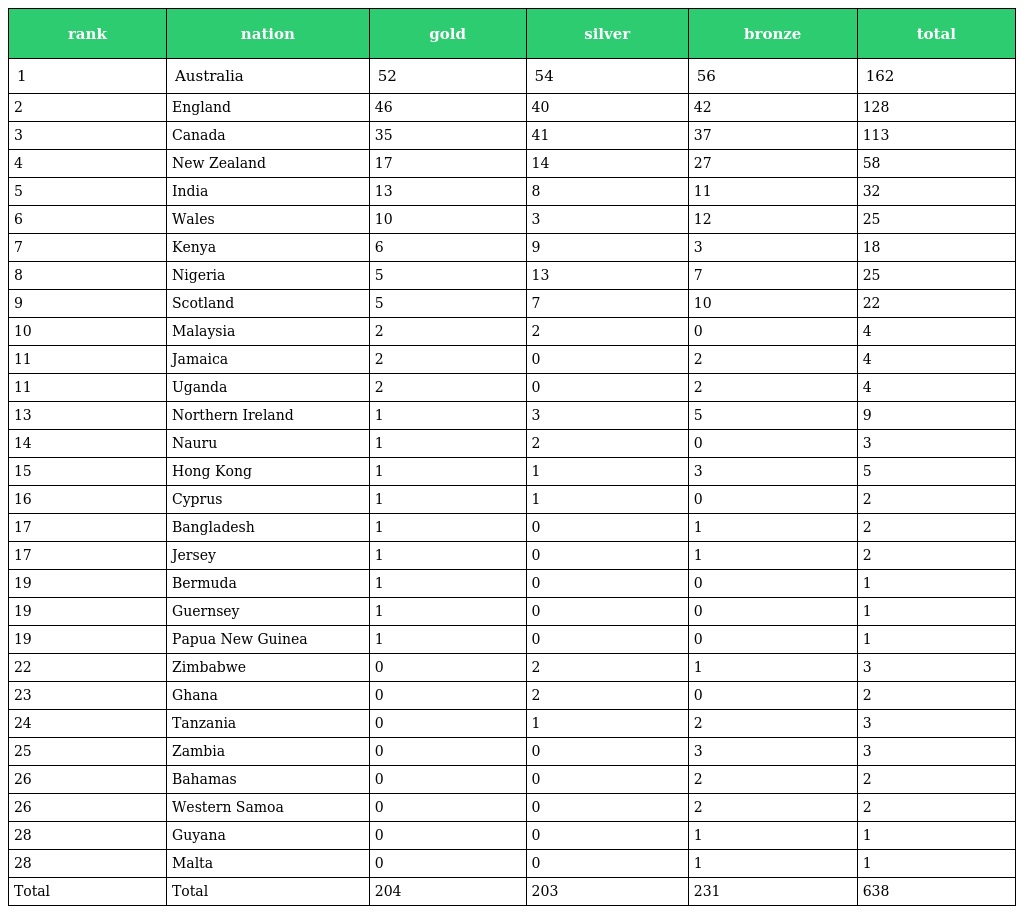
| rank | nation | gold | silver | bronze | total |
 | --- | --- | --- | --- | --- | --- |
 | 1 | Australia | 52 | 54 | 56 | 162 |
 | 2 | England | 46 | 40 | 42 | 128 |
 | 3 | Canada | 35 | 41 | 37 | 113 |
 | 4 | New Zealand | 17 | 14 | 27 | 58 |
 | 5 | India | 13 | 8 | 11 | 32 |
 | 6 | Wales | 10 | 3 | 12 | 25 |
 | 7 | Kenya | 6 | 9 | 3 | 18 |
 | 8 | Nigeria | 5 | 13 | 7 | 25 |
 | 9 | Scotland | 5 | 7 | 10 | 22 |
 | 10 | Malaysia | 2 | 2 | 0 | 4 |
 | 11 | Jamaica | 2 | 0 | 2 | 4 |
 | 11 | Uganda | 2 | 0 | 2 | 4 |
 | 13 | Northern Ireland | 1 | 3 | 5 | 9 |
 | 14 | Nauru | 1 | 2 | 0 | 3 |
 | 15 | Hong Kong | 1 | 1 | 3 | 5 |
 | 16 | Cyprus | 1 | 1 | 0 | 2 |
 | 17 | Bangladesh | 1 | 0 | 1 | 2 |
 | 17 | Jersey | 1 | 0 | 1 | 2 |
 | 19 | Bermuda | 1 | 0 | 0 | 1 |
 | 19 | Guernsey | 1 | 0 | 0 | 1 |
 | 19 | Papua New Guinea | 1 | 0 | 0 | 1 |
 | 22 | Zimbabwe | 0 | 2 | 1 | 3 |
 | 23 | Ghana | 0 | 2 | 0 | 2 |
 | 24 | Tanzania | 0 | 1 | 2 | 3 |
 | 25 | Zambia | 0 | 0 | 3 | 3 |
 | 26 | Bahamas | 0 | 0 | 2 | 2 |
 | 26 | Western Samoa | 0 | 0 | 2 | 2 |
 | 28 | Guyana | 0 | 0 | 1 | 1 |
 | 28 | Malta | 0 | 0 | 1 | 1 |
 | Total | Total | 204 | 203 | 231 | 638 |